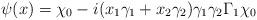
LaTeX: \begin{align*}\psi(x)=\chi_0-i(x_1\gamma_1+x_2\gamma_2)\gamma_1\gamma_2 \Gamma_1\chi_0\end{align*}